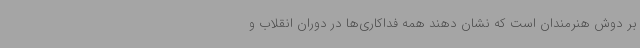
بر دوش هنرمندان است که نشان دهند همه فداکاری‌ها در دوران انقلاب و